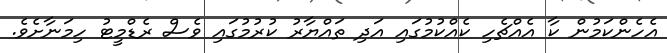
އެހެންކަމުން ކާ އެއްޗެހި ކެއްކުމުގައި އަދި ތައްޔާރު ކުރުމުގައި ވެސް ރެޑްމީޓު ހިމަނާށެވެ.